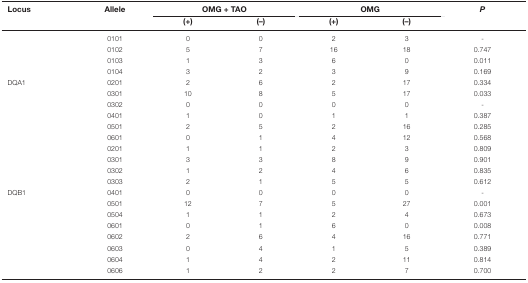
| Locus | Allele | <COLSPAN=2> OMG + TAO | <COLSPAN=2> OMG | P |
 |  |  | (+) | (–) | (+) | (–) |  |
 | --- | --- | --- | --- | --- | --- | --- |
 |  | 0101 | 0 | 0 | 2 | 3 | - |
 |  | 0102 | 5 | 7 | 16 | 18 | 0.747 |
 |  | 0103 | 1 | 3 | 6 | 0 | 0.011 |
 |  | 0104 | 3 | 2 | 3 | 9 | 0.169 |
 | DQA1 | 0201 | 2 | 6 | 2 | 17 | 0.334 |
 |  | 0301 | 10 | 8 | 5 | 17 | 0.033 |
 |  | 0302 | 0 | 0 | 0 | 0 | - |
 |  | 0401 | 1 | 0 | 1 | 1 | 0.387 |
 |  | 0501 | 2 | 5 | 2 | 16 | 0.285 |
 |  | 0601 | 0 | 1 | 4 | 12 | 0.568 |
 |  | 0201 | 1 | 1 | 2 | 3 | 0.809 |
 |  | 0301 | 3 | 3 | 8 | 9 | 0.901 |
 |  | 0302 | 1 | 2 | 4 | 6 | 0.835 |
 |  | 0303 | 2 | 1 | 5 | 5 | 0.612 |
 | DQB1 | 0401 | 0 | 0 | 0 | 0 | - |
 |  | 0501 | 12 | 7 | 5 | 27 | 0.001 |
 |  | 0504 | 1 | 1 | 2 | 4 | 0.673 |
 |  | 0601 | 0 | 1 | 6 | 0 | 0.008 |
 |  | 0602 | 2 | 6 | 4 | 16 | 0.771 |
 |  | 0603 | 0 | 4 | 1 | 5 | 0.389 |
 |  | 0604 | 1 | 4 | 2 | 11 | 0.814 |
 |  | 0606 | 1 | 2 | 2 | 7 | 0.700 |